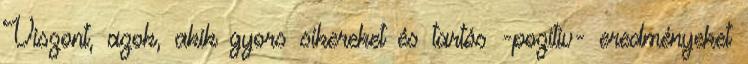
Viszont, azok, akik gyors sikereket és tartós -pozitív- eredményeket